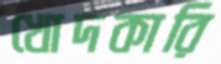
খোদকারি